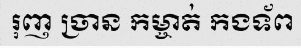
រុញ ច្រាន កម្ចាត់ កងទ័ព